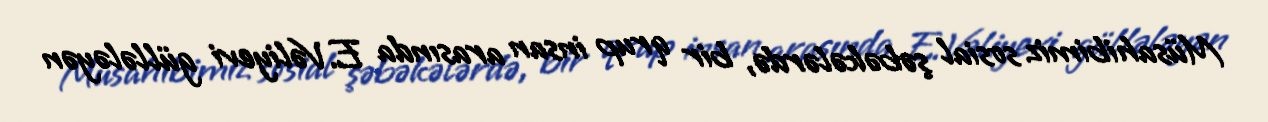
Müsahibimiz sosial şəbəkələrdə, bir qrup insan arasında E.Vəliyevi güllələyən